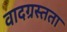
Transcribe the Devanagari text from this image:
वादग्रस्तता